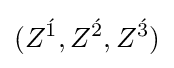
(Z^{\acute {1}},Z^{\acute {2}},Z^{\acute {3}})